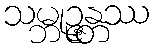
သမ္ဘုဉ္ဇန္တဿ